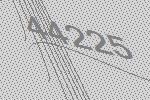
44225